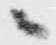
ニ